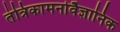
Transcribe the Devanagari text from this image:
तंत्रिकामनोवैज्ञानिक